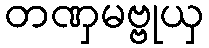
တဏှမဗ္ဗုယှ